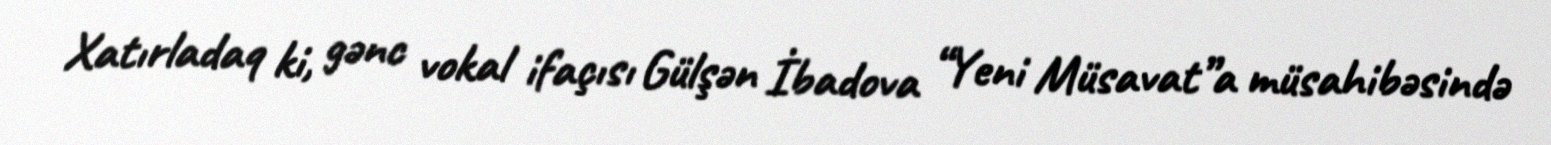
Xatırladaq ki, gənc vokal ifaçısı Gülşən İbadova “Yeni Müsavat”a müsahibəsində